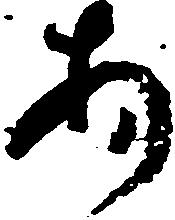
あ